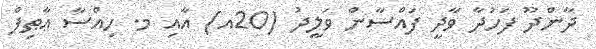
ދާންދޫ ފަހުދާ ވާދީ ފައްސާން ވަލީދު (20އ) އާއި މ. ހިއްސާ ޢާޠިފް